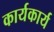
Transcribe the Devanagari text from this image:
कार्यकार्य